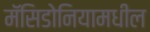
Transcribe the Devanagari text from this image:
मॅसिडोनियामधील